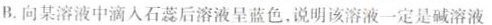
B.向某溶液中滴入石蕊后溶液呈蓝色，说明该溶液一定是碱溶液